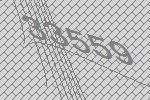
33559